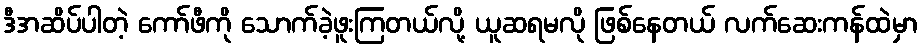
ဒီအဆိပ်ပါတဲ့ ကော်ဖီကို သောက်ခဲ့ဖူးကြတယ်လို့ ယူဆရမလို ဖြစ်နေတယ် လက်ဆေးကန်ထဲမှာ